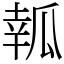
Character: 瓡